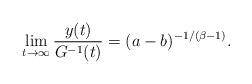
LaTeX: \begin{align*} \lim_{t\to\infty} \frac{y(t)}{G^{-1}(t)}=(a-b)^{-1/(\beta-1)}.\end{align*}